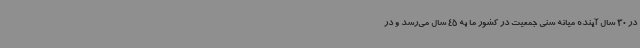
در 30 سال آینده میانه سنی جمعیت در کشور ما به 45 سال می‌رسد و در